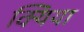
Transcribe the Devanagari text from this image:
क्यिया